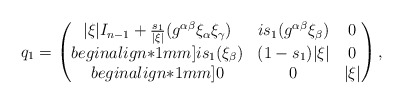
\begin{align*} q_1= \begin{pmatrix} |\xi|I_{n-1} + \frac{s_{1}}{|\xi|} (g^{\alpha\beta}\xi_\alpha\xi_\gamma) & i s_{1} (g^{\alpha\beta}\xi_\beta) & 0\\begin{align*}1mm] i s_{1} (\xi_\beta) & (1-s_{1})|\xi| & 0\\begin{align*}1mm] 0 & 0 & |\xi| \end{pmatrix}, \end{align*}